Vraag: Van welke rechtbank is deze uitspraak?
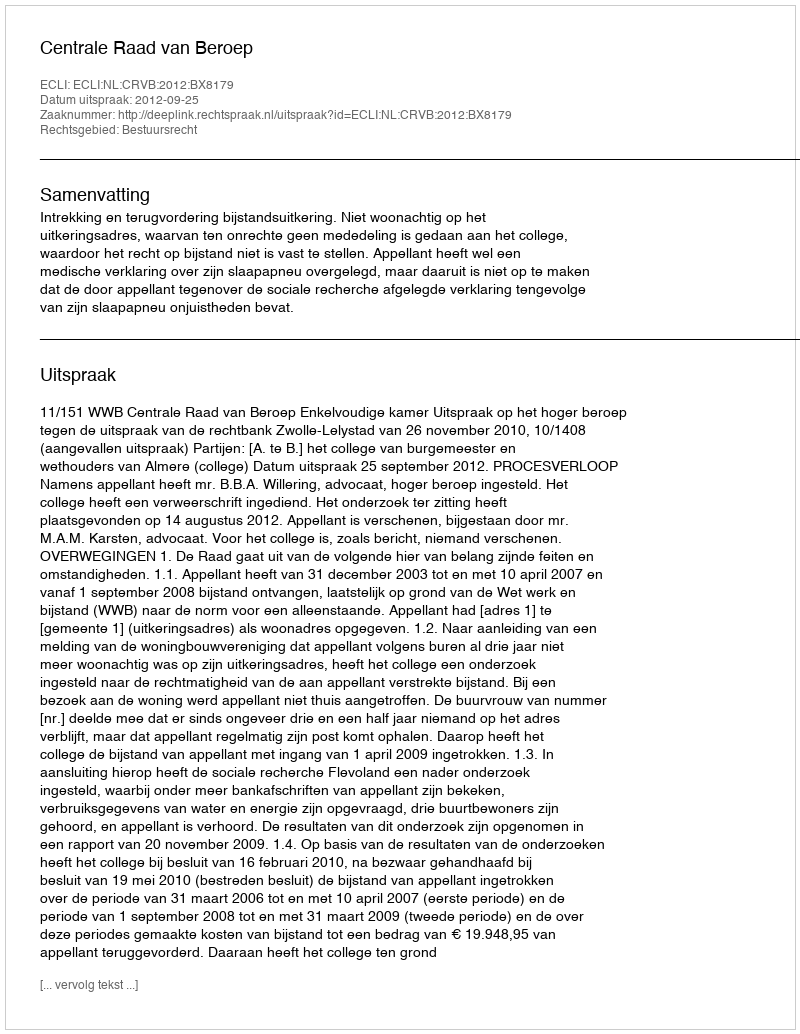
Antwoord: Centrale Raad van Beroep